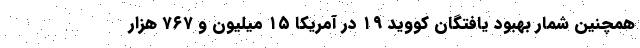
همچنین شمار بهبود یافتگان کووید ۱۹ در آمریکا ۱۵ میلیون و ۷۶۷ هزار